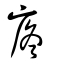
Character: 𠩁